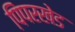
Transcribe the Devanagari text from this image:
पिंपरखेड